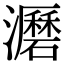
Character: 𤃹